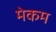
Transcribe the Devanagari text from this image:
मेकम